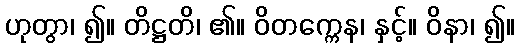
ဟုတွာ၊ ၍။ တိဋ္ဌတိ၊ ၏။ ဝိတက္ကေန၊ နှင့်။ ဝိနာ၊ ၍။